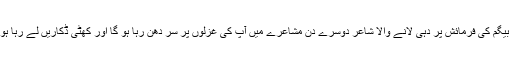
اور بیگم کی فرمائش پر دہی لانے والا شاعر دوسرے دن مشاعرے میں آپ کی غزلوں پر سر دھن رہا ہو گا اور کھٹی ڈکاریں لے رہا ہو گا۔